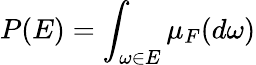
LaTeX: P(E)=\int_{\omega\in E}\mu_{F}(d\omega)